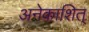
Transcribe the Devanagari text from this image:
अनेकाशित्‌